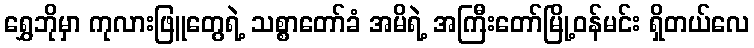
ရွှေဘိုမှာ ကုလားဖြူတွေရဲ့ သစ္စာတော်ခံ အမိရဲ့ အကြီးတော်မြို့ဝန်မင်း ရှိတယ်လေ